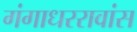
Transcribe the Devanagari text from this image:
गंगाधररावांस